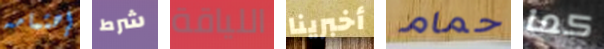
إهتمامه شرط اللياقة أخبرينا حمام كما